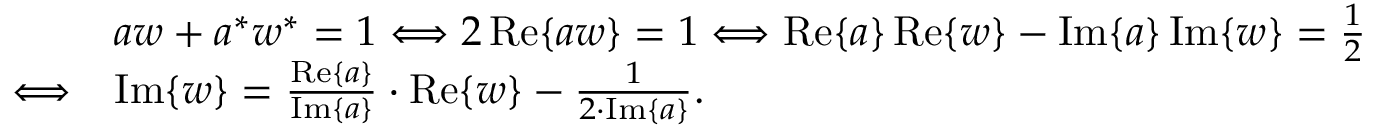
{ \begin{array} { r l } & { a w + a ^ { * } w ^ { * } = 1 \Longleftrightarrow 2 \operatorname { R e } \{ a w \} = 1 \Longleftrightarrow \operatorname { R e } \{ a \} \operatorname { R e } \{ w \} - \operatorname { I m } \{ a \} \operatorname { I m } \{ w \} = { \frac { 1 } { 2 } } } \\ { \Longleftrightarrow } & { \operatorname { I m } \{ w \} = { \frac { \operatorname { R e } \{ a \} } { \operatorname { I m } \{ a \} } } \cdot \operatorname { R e } \{ w \} - { \frac { 1 } { 2 \cdot \operatorname { I m } \{ a \} } } . } \end{array} }